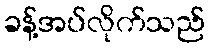
ခန့်အပ်လိုက်သည်